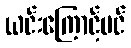
ယင်းကြောင့်ပင်